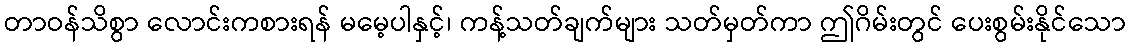
တာဝန်သိစွာ လောင်းကစားရန် မမေ့ပါနှင့်၊ ကန့်သတ်ချက်များ သတ်မှတ်ကာ ဤဂိမ်းတွင် ပေးစွမ်းနိုင်သော